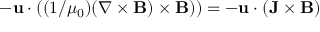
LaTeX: - \mathbf { u } \cdot \left( ( 1 / \mu _ { 0 } ) ( \nabla \times \mathbf { B } ) \times \mathbf { B } ) \right) = - \mathbf { u } \cdot ( \mathbf { J } \times \mathbf { B } )